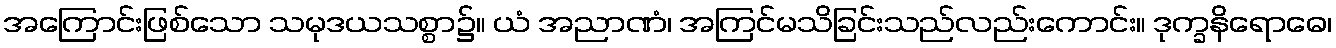
အကြောင်းဖြစ်သော သမုဒယသစ္စာ၌။ ယံ အညာဏံ၊ အကြင်မသိခြင်းသည်လည်းကောင်း။ ဒုက္ခနိရောဓေ၊